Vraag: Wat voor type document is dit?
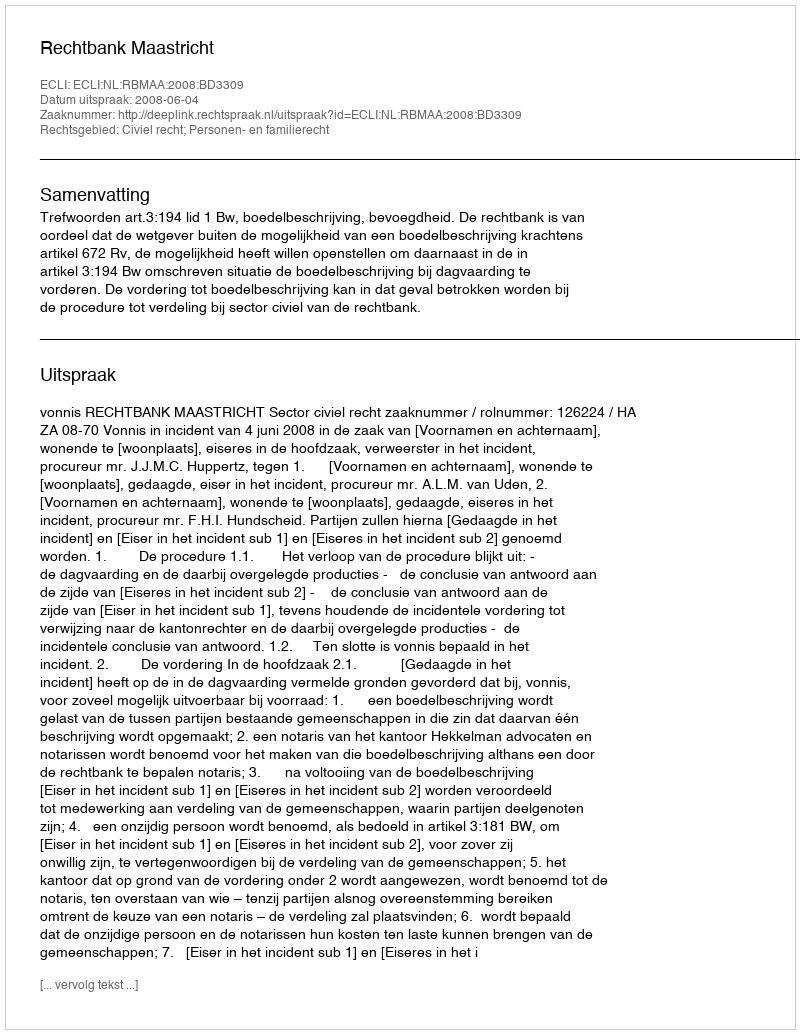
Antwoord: Uitspraak